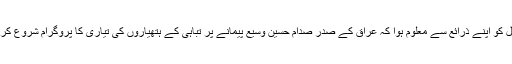
پھر اسرائیل کو اپنے ذرائع سے معلوم ہوا کہ عراق کے صدر صدام حسین وسیع پیمانے پر تباہی کے ہتھیاروں کی تیاری کا پروگرام شروع کر رہے ہیں۔